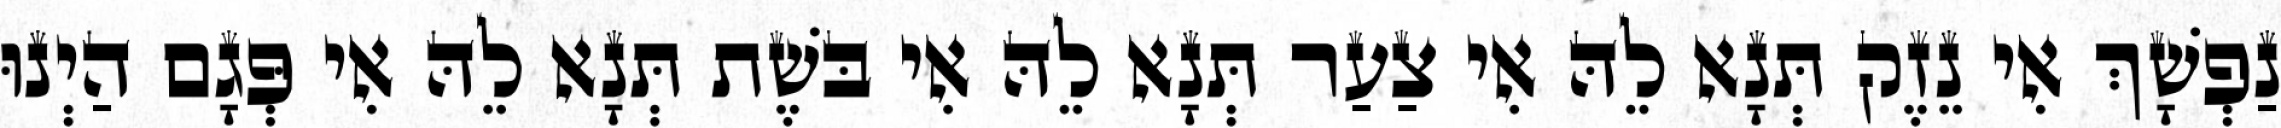
נַפְשָׁךְ אִי נֵזֶק תְּנָא לֵהּ אִי צַעַר תְּנָא לֵהּ אִי בּשֶׁת תְּנָא לֵהּ אִי פְּגָם הַיְנוּ